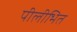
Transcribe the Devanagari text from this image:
पीलीभित